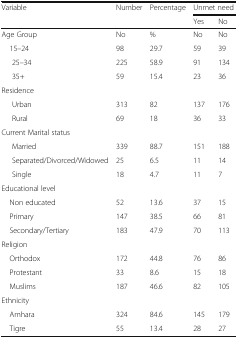
| <ROWSPAN=2> Variable | <ROWSPAN=2> Number | <ROWSPAN=2> Percentage | <COLSPAN=2> Unmet need |
 | Yes | No |
 | --- | --- | --- | --- | --- |
 | Age Group | No | % | No | No |
 | 15–24 | 98 | 29.7 | 59 | 39 |
 | 25–34 | 225 | 58.9 | 91 | 134 |
 | 35+ | 59 | 15.4 | 23 | 36 |
 | <COLSPAN=5> Residence |
 | Urban | 313 | 82 | 137 | 176 |
 | Rural | 69 | 18 | 36 | 33 |
 | <COLSPAN=5> Current Marital status |
 | Married | 339 | 88.7 | 151 | 188 |
 | Separated/Divorced/Widowed | 25 | 6.5 | 11 | 14 |
 | Single | 18 | 4.7 | 11 | 7 |
 | <COLSPAN=5> Educational level |
 | Non educated | 52 | 13.6 | 37 | 15 |
 | Primary | 147 | 38.5 | 66 | 81 |
 | Secondary/Tertiary | 183 | 47.9 | 70 | 113 |
 | <COLSPAN=5> Religion |
 | Orthodox | 172 | 44.8 | 76 | 86 |
 | Protestant | 33 | 8.6 | 15 | 18 |
 | Muslims | 187 | 46.6 | 82 | 105 |
 | <COLSPAN=5> Ethnicity |
 | Amhara | 324 | 84.6 | 145 | 179 |
 | Tigre | 55 | 13.4 | 28 | 27 |